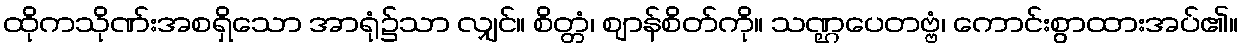
ထိုကသိုဏ်းအစရှိသော အာရုံ၌သာ လျှင်။ စိတ္တံ၊ ဈာန်စိတ်ကို။ သဏ္ဌပေတဗ္ဗံ၊ ကောင်းစွာထားအပ်၏။